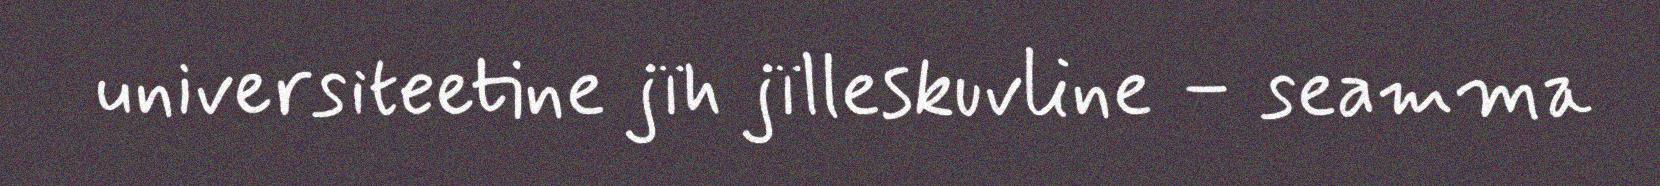
universiteetine jïh jïlleskuvline – seamma